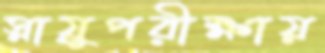
স্নায়ুপরীক্ষায়